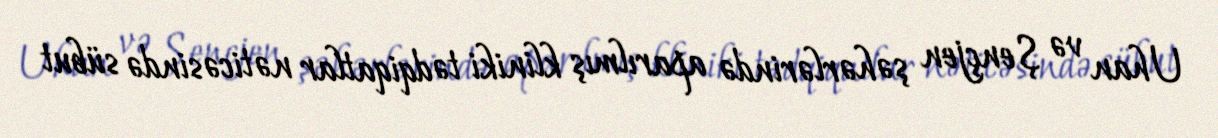
Uhan və Şençjen şəhərlərində aparılmış kliniki tədqiqatlar nəticəsində sübut